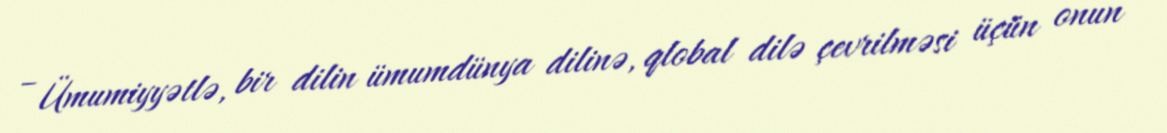
– Ümumiyyətlə, bir dilin ümumdünya dilinə, qlobal dilə çevrilməsi üçün onun